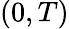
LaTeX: (0,T)